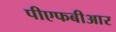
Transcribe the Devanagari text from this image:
पीएफबीआर